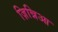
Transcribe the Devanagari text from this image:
ज़िन्निआ